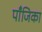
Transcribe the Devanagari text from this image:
पाँजिका